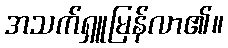
အသက်ရှူမြန်လာ၏။